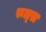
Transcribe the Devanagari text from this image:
रूल्‍स